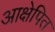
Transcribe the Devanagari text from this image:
आक्षेपित